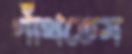
গাঁথতেম